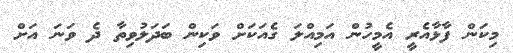
މިކަން ފާޅާއެރީ އެމީހުން އަމިއްލަ ގެއަކަށް ވަކިން ބަދަލުވިތާ ދެ ވަނަ އަށް